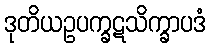
ဒုတိယဥပက္ခဋသိက္ခာပဒံ